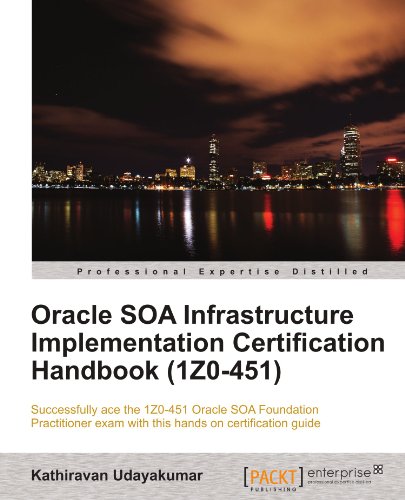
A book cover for Oracle SOA Infrastructure Implementation Certification Handbook (1Z0-451); Kathiravan Udayakumar; Computers & Technology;